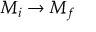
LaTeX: M _ { i } \rightarrow M _ { f }